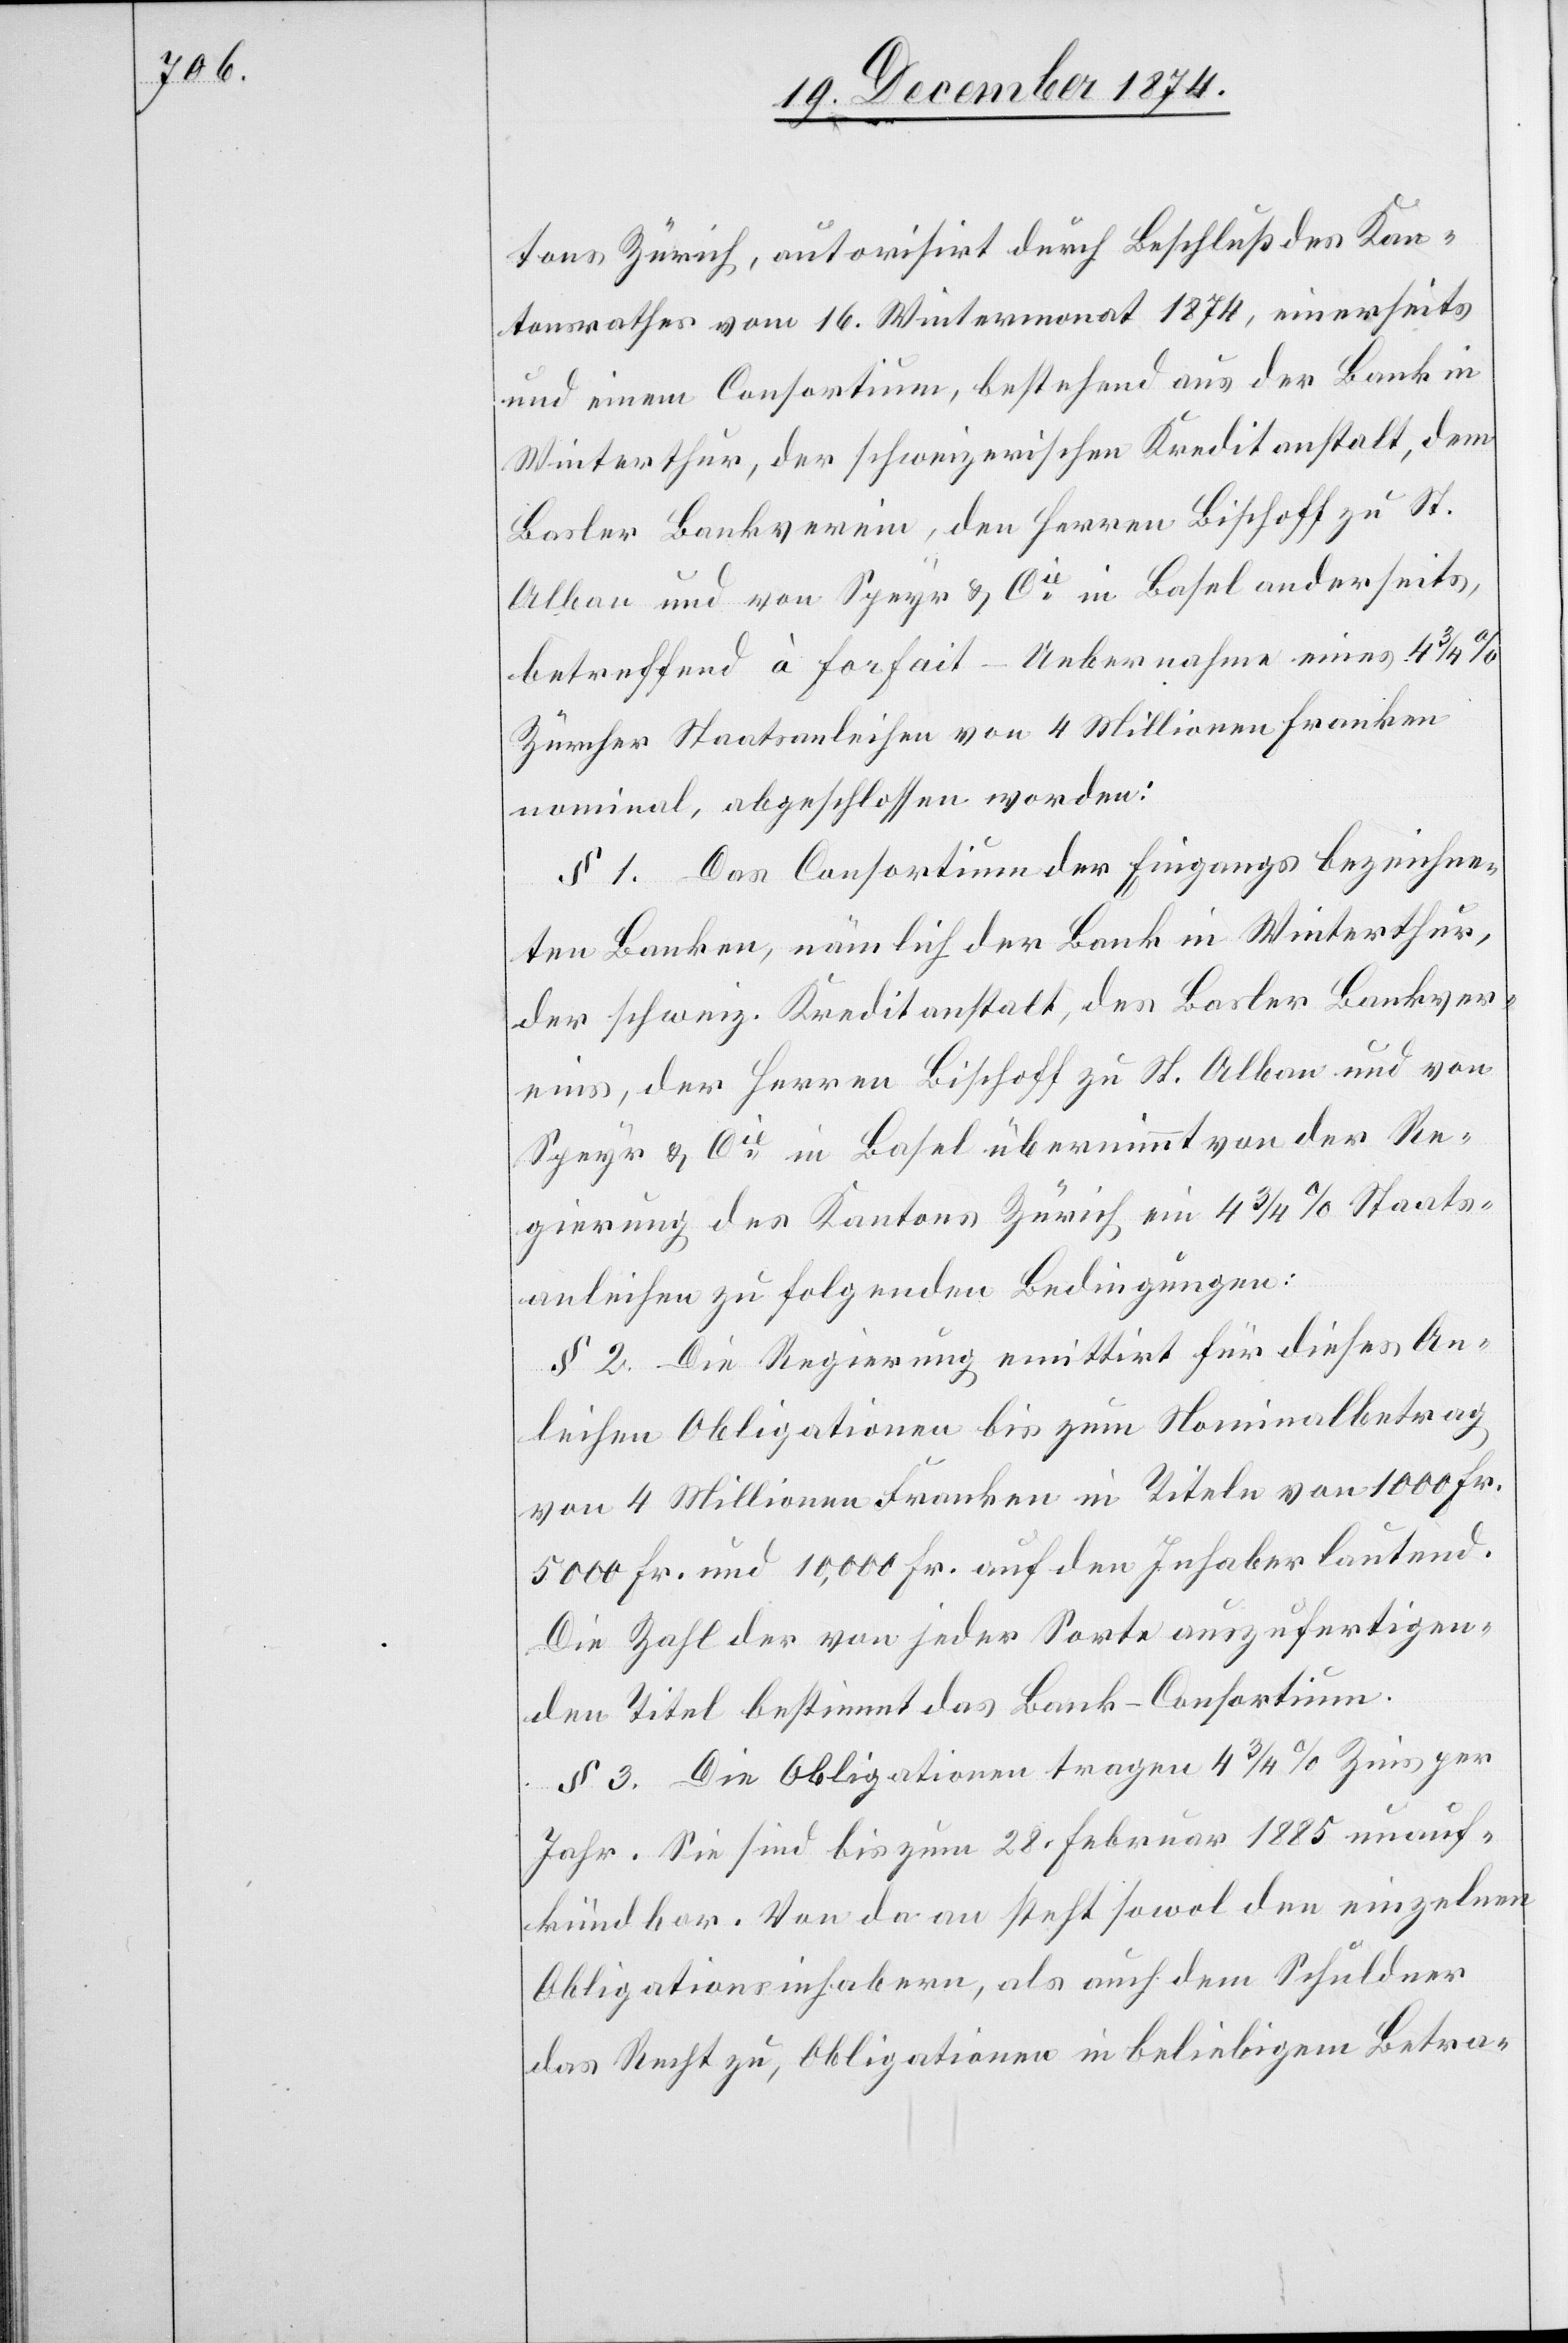
tons Zürich, autorisirt durch Beschluß des Kan¬
tonsrathes vom 16. Wintermonat 1874, einerseits
und einem Consortium, bestehend aus der Bank in
Winterthur, der schweizerischen Kreditanstalt, dem
Basler Bankverein, den Herren Bischoff zu St.
Alban und von Speyr & Cie in Basel anderseits,
betreffend à forfait – Uebernahme eines 4
Zürcher Staatsanleihen von 4 Millionen Franken
nominal, abgeschlossen worden:
§ 1. Das Consortium der Eingangs bezeichne¬
ten Banken, nämlich der Bank in Winterthur,
der schweiz. Kreditanstalt, des Basler Bankver¬
eins, der Herren Bischoff zu St. Alban und von
Speyr & Cie in Basel übernimmt von der Re¬
gierung des Kantons Zürich ein 4 3/4% Staats¬
anleihen zu folgenden Bedingungen:
§ 2. Die Regierung emittirt für dieses An¬
leihen Obligationen bis zum Nominalbetrag
von 4 Millionen Franken in Titeln von 1000 Fr.[,]
5000 Fr. und 10,000 Fr. auf den Inhaber lautend.
Die Zahl der von jeder Sorte auszufertigen¬
den Titel bestimmt das Bank-Consortium.
§ 3. Die Obligationen tragen 4 3/4% Zins per
Jahr. Sie sind bis zum 28. Februar 1885 unauf¬
kündbar. Von da an steht sowol den einzelnen
Obligationsinhabern, als auch dem Schuldner
das Recht zu, Obligationen in beliebigem Betra-